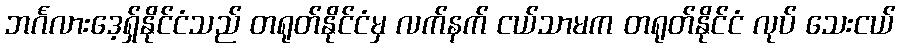
ဘင်္ဂလားဒေ့ရှ်နိုင်ငံသည် တရုတ်နိုင်ငံမှ လက်နက် ငယ်သာမက တရုတ်နိုင်ငံ လုပ် သေးငယ်